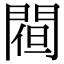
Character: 𨵀